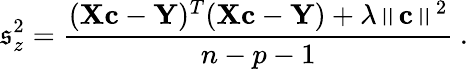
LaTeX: \mathfrak{s}_{z}^{2}=\frac{{(\textbf{{X}}\textbf{{c}}-\textbf{{Y}})^{T}(\textbf{{X}}\textbf{{c}}-\textbf{{Y}})+\lambda\left\| \textbf{{c}}\right\| ^{2}}}{{n-p-1}}\: .